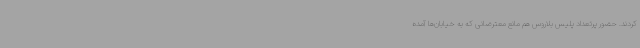
کردند. حضور پرتعداد پلیس بلاروس هم مانع معترضانی که به خیابان‌ها آمده